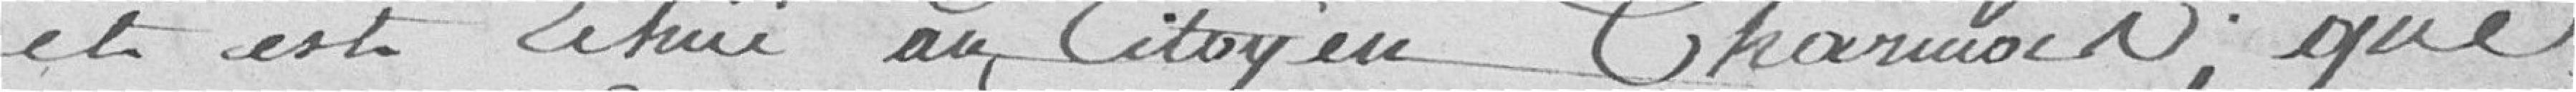
et est Echûe au Citoyen Charmoin; que